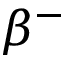
\beta ^ { - }